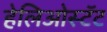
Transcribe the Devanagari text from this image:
हेलिओस्टॅट